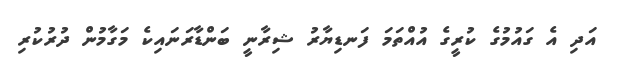
އަދި އެ ގައުމުގެ ކުރީގެ އުއްތަމަ ފަނޑިޔާރު ޝިރާނީ ބަންޑާރަނައިކެ މަގާމުން ދުރުކުރި